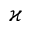
\varkappa